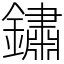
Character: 鏽